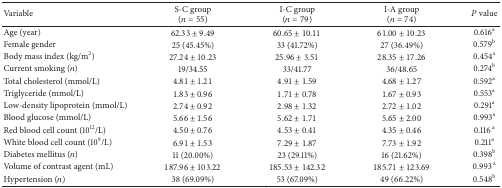
<table><thead><tr><td><b>Variable</b></td><td><b>S-C group (<i>n</i> = 55)</b></td><td><b>I-C group (<i>n</i> = 79)</b></td><td><b>I-A group (<i>n</i> = 74)</b></td><td><b><i>P</i> value</b></td></tr></thead><tbody><tr><td>Age (year)</td><td>62.33 ± 9.49</td><td>60.65 ± 10.11</td><td>61.00 ± 10.23</td><td>0.616<sup>a</sup></td></tr><tr><td>Female gender</td><td>25 (45.45%)</td><td>33 (41.72%)</td><td>27 (36.49%)</td><td>0.579<sup>b</sup></td></tr><tr><td>Body mass index (kg/m<sup>2</sup>)</td><td>27.24 ± 10.23</td><td>25.96 ± 3.51</td><td>28.35 ± 17.26</td><td>0.454<sup>a</sup></td></tr><tr><td>Current smoking (<i>n</i>)</td><td>19/34.55</td><td>33/41.77</td><td>36/48.65</td><td>0.274<sup>b</sup></td></tr><tr><td>Total cholesterol (mmol/L)</td><td>4.81 ± 1.21</td><td>4.91 ± 1.59</td><td>4.68 ± 1.27</td><td>0.592<sup>a</sup></td></tr><tr><td>Triglyceride (mmol/L)</td><td>1.83 ± 0.96</td><td>1.71 ± 0.78</td><td>1.67 ± 0.93</td><td>0.553<sup>a</sup></td></tr><tr><td>Low-density lipoprotein (mmol/L)</td><td>2.74 ± 0.92</td><td>2.98 ± 1.32</td><td>2.72 ± 1.02</td><td>0.291<sup>a</sup></td></tr><tr><td>Blood glucose (mmol/L)</td><td>5.66 ± 1.56</td><td>5.62 ± 1.71</td><td>5.65 ± 2.00</td><td>0.993<sup>a</sup></td></tr><tr><td>Red blood cell count (10<sup>12</sup>/L)</td><td>4.50 ± 0.76</td><td>4.53 ± 0.41</td><td>4.35 ± 0.46</td><td>0.116<sup> a</sup></td></tr><tr><td>White blood cell count (10<sup>9</sup>/L)</td><td>6.91 ± 1.53</td><td>7.29 ± 1.87</td><td>7.73 ± 1.92</td><td>0.211<sup>a</sup></td></tr><tr><td>Diabetes mellitus (<i>n</i>)</td><td>11 (20.00%)</td><td>23 (29.11%)</td><td>16 (21.62%)</td><td>0.398<sup>b</sup></td></tr><tr><td>Volume of contrast agent (mL)</td><td>187.96 ± 103.22</td><td>185.53 ± 142.32</td><td>185.71 ± 123.69</td><td>0.993<sup> a</sup></td></tr><tr><td>Hypertension (<i>n</i>)</td><td>38 (69.09%)</td><td>53 (67.09%)</td><td>49 (66.22%)</td><td>0.548<sup>b</sup></td></tr></tbody></table>